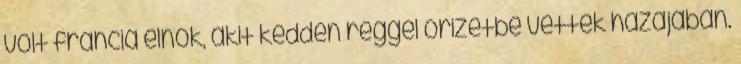
volt francia elnök, akit kedden reggel őrizetbe vettek hazájában.